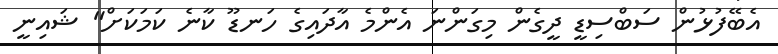
އެބޭފުޅުން ސަބްސިޑީ ދީގެން މިގަންނަ އެންމެ އާދައިގެ ހަނޑޫ ކާނެ ކަމަކަށް" ޝައިނީ